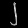
Digit: ၂